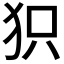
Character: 𤝖